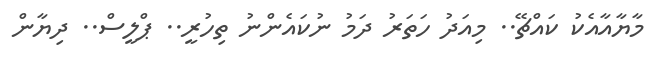
މާޔާއާއެކު ކައްޗޭ.. މިއަދު ހަތަރު ދަމު ނުކައެންނު ތިހުރީ.. ޕްލީސް.. ދިޔާން